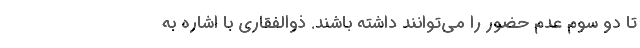
تا دو سوم عدم حضور را می‌توانند داشته باشند. ذوالفقاری با اشاره به